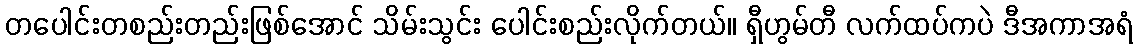
တပေါင်းတစည်းတည်းဖြစ်အောင် သိမ်းသွင်း ပေါင်းစည်းလိုက်တယ်။ ရှီဟွမ်တီ လက်ထပ်ကပဲ ဒီအကာအရံ